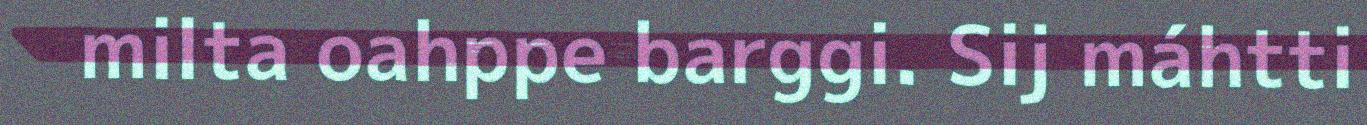
milta oahppe barggi. Sij máhtti